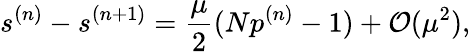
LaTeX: s^{(n)}-s^{(n+1)}=\frac{\mu}{2}(Np^{(n)}-1)+\mathcal{O}(\mu^{2}),